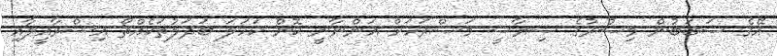
އޭގެ ސަބަބުން މިސުރުގެ ސިޔާސީ މަސްރަހަށް އަންނާނީ ކޮން ކަހަލަ ބަދަލުތަކެއްތޯ އިސްރާއީލާއި